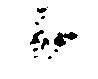
候